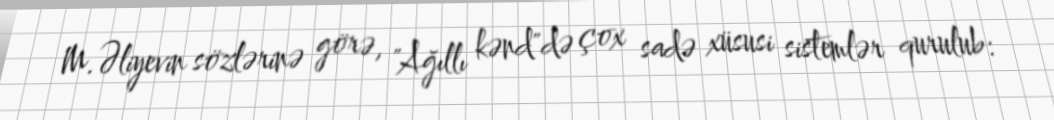
M.Əliyevin sözlərinə görə, "Ağıllı kənd"də çox sadə xüsusi sistemlər qurulub: